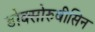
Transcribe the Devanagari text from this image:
डोक्सोरुबीसिन